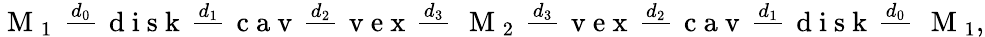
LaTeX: \mathrm{~M~}_{1}~\overset{d_{0}}{\mathrm{~\textemdash~}}\mathrm{~d~i~s~k~}\overset{d_{1}}{\mathrm{~\textemdash~}}\mathrm{~c~a~v~}\overset{d_{2}}{\mathrm{~\textemdash~}}\mathrm{~v~e~x~}\overset{d_{3}}{\mathrm{~\textemdash~}}~\mathrm{~M~}_{2}~\overset{d_{3}}{\mathrm{~\textemdash~}}\mathrm{~v~e~x~}\overset{d_{2}}{\mathrm{~\textemdash~}}\mathrm{~c~a~v~}\overset{d_{1}}{\mathrm{~\textemdash~}}\mathrm{~d~i~s~k~}\overset{d_{0}}{\mathrm{~\textemdash~}}~\mathrm{~M~}_{1},